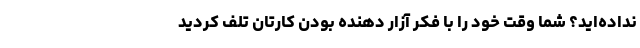
نداده‌اید؟ شما وقت خود را با فکر آزار دهنده بودن کارتان تلف کردید